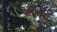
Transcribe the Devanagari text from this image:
फेफना